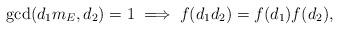
LaTeX: \begin{align*} \gcd(d_1 m_E, d_2) = 1 \; \Longrightarrow \; f(d_1d_2) = f(d_1) f(d_2),\end{align*}